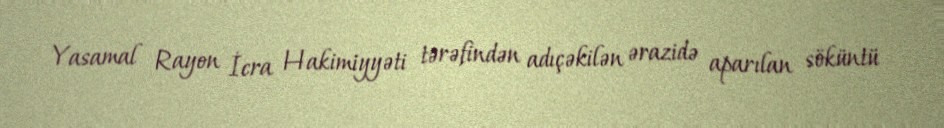
Yasamal Rayon İcra Hakimiyyəti tərəfindən adıçəkilən ərazidə aparılan söküntü